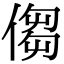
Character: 㑳